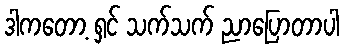
ဒါကတော့ ရှင် သက်သက် ညာပြောတာပါ